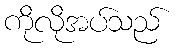
ကိုလိုအပ်သည်